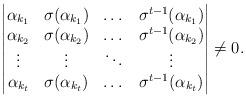
LaTeX: \begin{align*}\begin{vmatrix}\alpha_{k_1} & \sigma(\alpha_{k_1}) & \dots & \sigma^{t-1}(\alpha_{k_1}) \\\alpha_{k_2} & \sigma(\alpha_{k_2}) & \dots & \sigma^{t-1}(\alpha_{k_2}) \\\vdots & \vdots & \ddots & \vdots \\\alpha_{k_{t}} & \sigma(\alpha_{k_{t}}) & \dots & \sigma^{t-1}(\alpha_{k_{t}})\end{vmatrix} \neq 0.\end{align*}